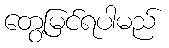
တွေ့မြင်ရပါမည်